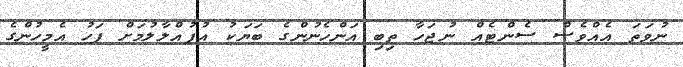
ނުވަތަ އެއްވެސް ސެންޓެއް ނުޖަހާ ތިބި އަންހެނުންގެ ބަޔަކު އުފުއްލާލުމަށް ފަހު އެމީހުންގެ